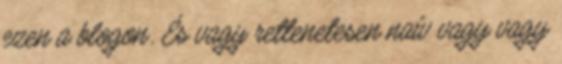
ezen a blogon. És vagy rettenetesen naív vagy vagy